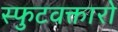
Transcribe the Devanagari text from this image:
स्फुटवक्तारो